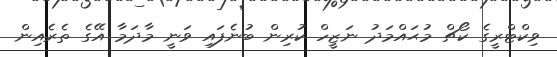
ވިކްޓްރީގެ ކޯޗް މުޙައްމަދު ނަޒީހް ކުރިން ބުނެފައި ވަނީ މާދަމާ އޭގެ ތެރެއިން